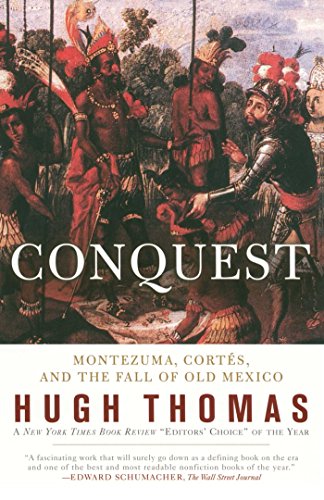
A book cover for Conquest: Cortes, Montezuma, and the Fall of Old Mexico; Hugh Thomas; History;